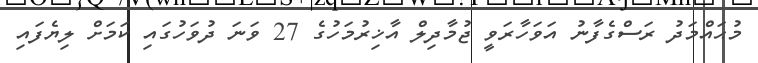
މުޙައްމަދު ރަސްގެފާނު އަވަހާރަވީ ޖުމާދިލް އާޚިރުމަހުގެ 27 ވަނަ ދުވަހުގައި ކަމަށް ލިޔެފައި